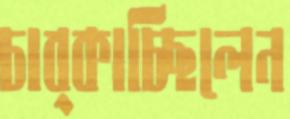
চাব্‌কাচ্ছিলেন